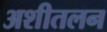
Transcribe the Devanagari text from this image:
अशीतलन